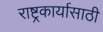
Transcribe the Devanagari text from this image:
राष्ट्रकार्यासाठी